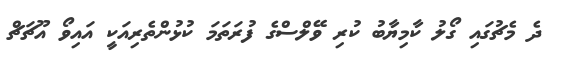
ދެ މެޗުގައި ގޯލު ކާމިޔާބު ކުރި ވޭލްސްގެ ފުރަތަމަ ކުޅުންތެރިއަކީ އައިވޯ އޫޗަޗް